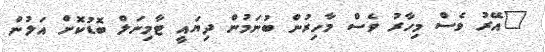
"އޭރު ވެސް މިހާރު ވެސް މާހިރުން ބުނަމުން ދިޔައީ ޓާމިނަލް ބޮޑުކޮށް އަލުން